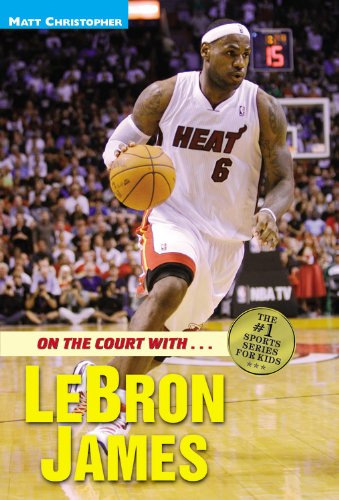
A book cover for On the Court with...LeBron James (Matt Christopher Sports Biographies); Matt Christopher; Children's Books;